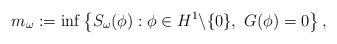
LaTeX: \begin{align*}m_\omega := \inf \left\{S_\omega (\phi) : \phi \in H^1\backslash \{0\}, \ G(\phi)=0\right\},\end{align*}